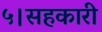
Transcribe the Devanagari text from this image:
५।सहकारी